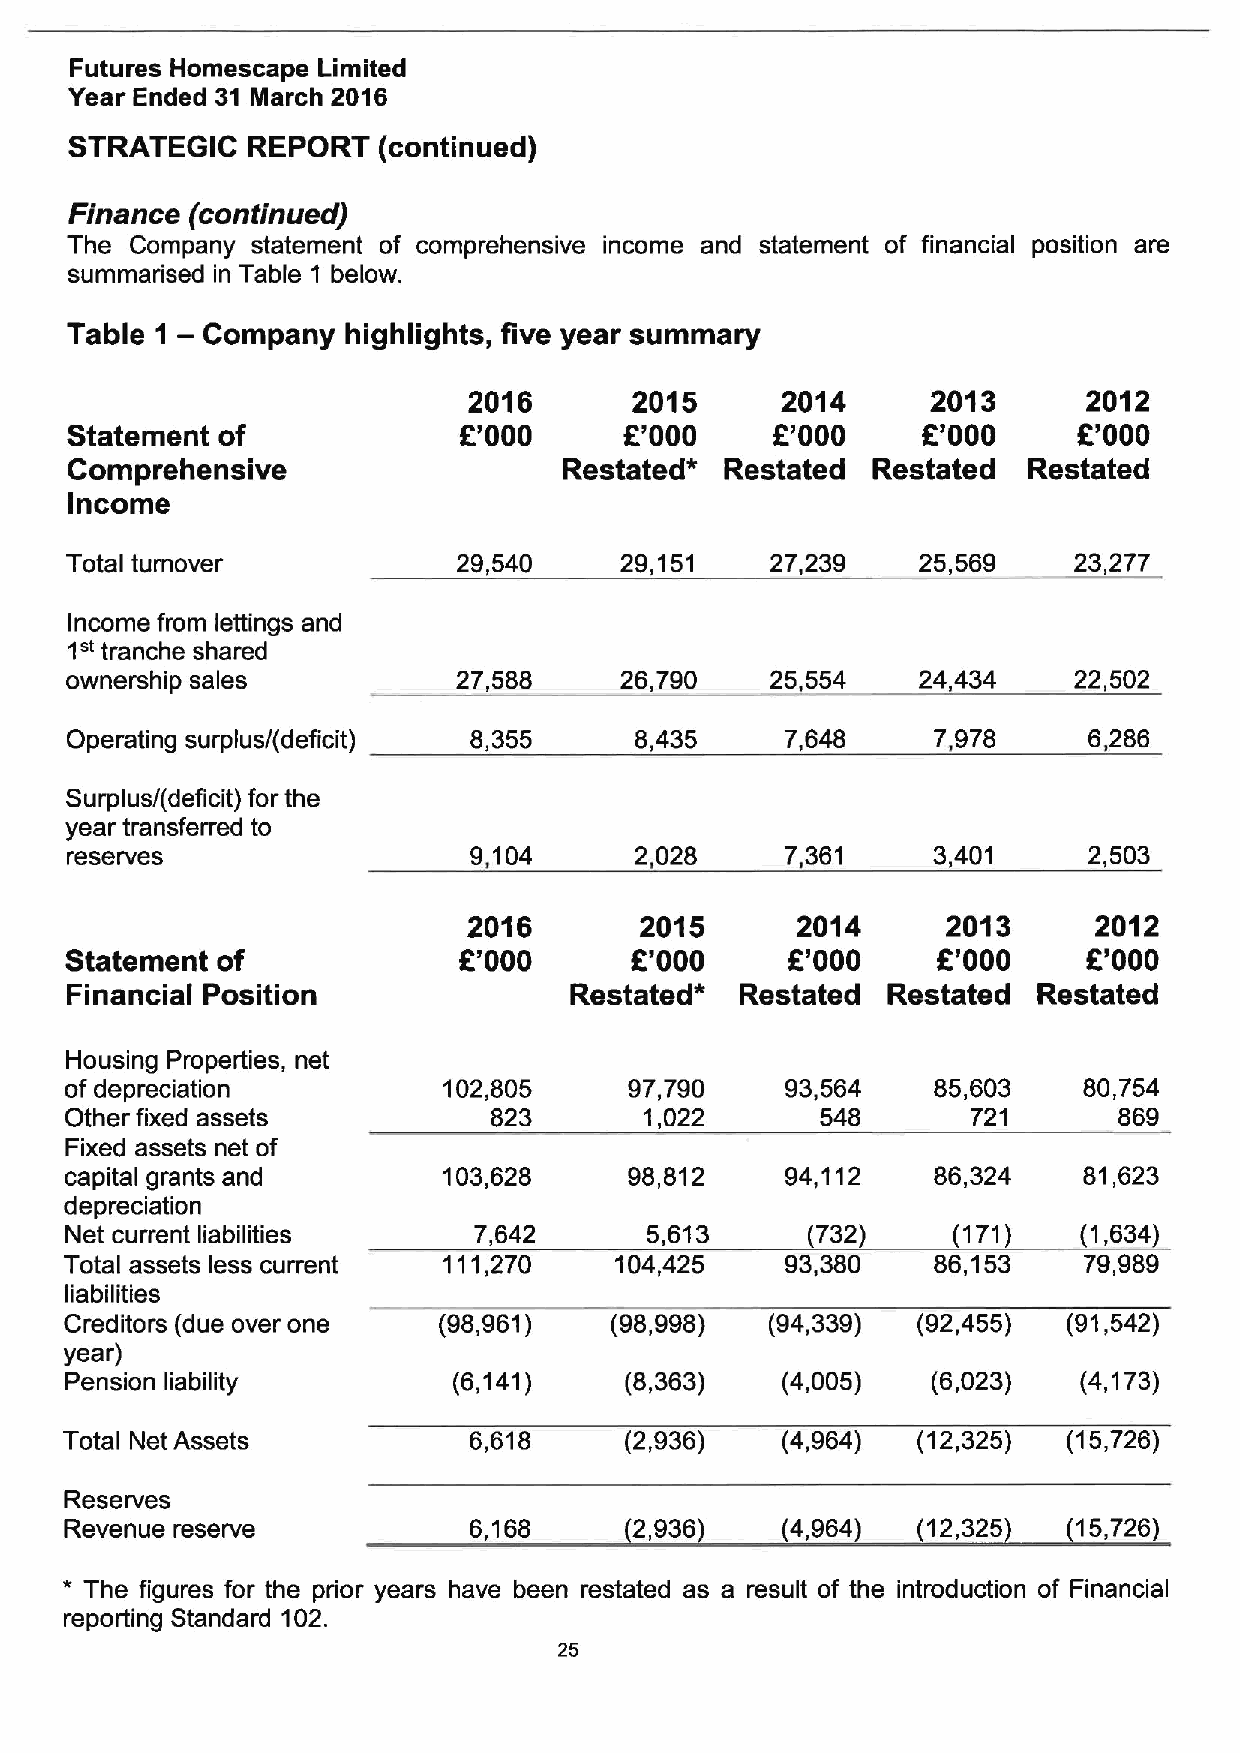
Futures Homescape Limited
 Year Ended 31 March 2016
 STRATEGIC  REPORT   (continued)
 Finance (continued)
 The  Company statement of comprehensive income and statement of financial position are
 summarised in Table 1 below.
 —
 Table 1  Company   highlights, five year summary
 2016       2015      2014      2013      2012
 f
 Statement of              F'000      R'000     R'000     K'000      '000
 Comprehensive                    Restated*  Restated  Restated  Restated
 Income
 Total turnover            29,540     29,151    27,239    25,569    23,277
 Income from lettings and
 1"
 tranche shared
 ownership sales           27,588     26,790    25,554    24,434    22,502
 Operating surplus/(deficit) 8,355     8,435     7,648     7,978     6,286
 Surplus/(deficit) for the
 year transferred to
 reserves                   9,104      2,028     7,361     3,401     2,503
 2016       2015       2014      2013     2012
 f
 Statement of              R'000       f.'000    K'000      '000     R'000
 Financial Position                Restated*  Restated  Restated  Restated
 Housing Properties, net
 of depreciation          102,805      97,790    93,564    85,603    80,754
 Other fixed assets          823        1,022      548       721       869
 Fixed assets net of
 capital grants and       103,628      98,812    94,112    86,324    81,623
 depreciation
 Net current liabilities    7,642       5,613     (732)     (171)    (1,634)
 Total assets less current 111,270    104,425    93,380    86,153    79,989
 liabilities
 Creditors (due over one  (98,961)   (98,998)   (94,339)  (92,455)  (91,542)
 year)
 Pension liability         (6,141)    (8,363)    (4,005)   (6,023)   (4,173)
 Total Net Assets           6,618     (2,936)    (4,964)  (12,325)  (15,726)
 Reserves
 Revenue reserve            6,168      2,936     (4,964)  (12,325   15,726)
 *
 The figures for the prior years have been restated as a result of the introduction of Financial
 reporting Standard 102.
 25